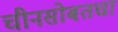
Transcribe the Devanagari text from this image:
चीनसोबतचा